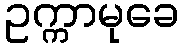
ဥက္ကာမုခေ